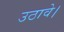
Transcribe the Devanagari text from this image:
उठावे।